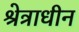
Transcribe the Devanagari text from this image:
श्रेत्राधीन